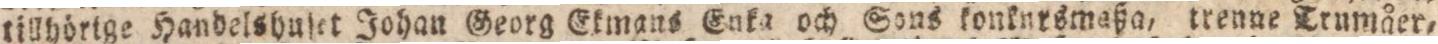
tillhörige Handelshuſet Johau Georg Ekmans Enka och Sous konkursmaßa, trenne Trumåer,